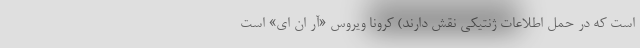
است که در حمل اطلاعات ژنتیکی نقش دارند) کرونا ویروس «آر ان ای» است